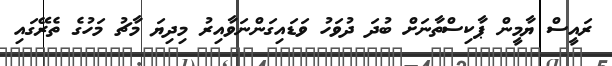
ރައީސް ޔާމީން ޕާކިސްތާނަށް ބުދަ ދުވަހު ވަޑައިގަންނަވާއިރު މިދިޔަ މާޗު މަހުގެ ތެރޭގައި